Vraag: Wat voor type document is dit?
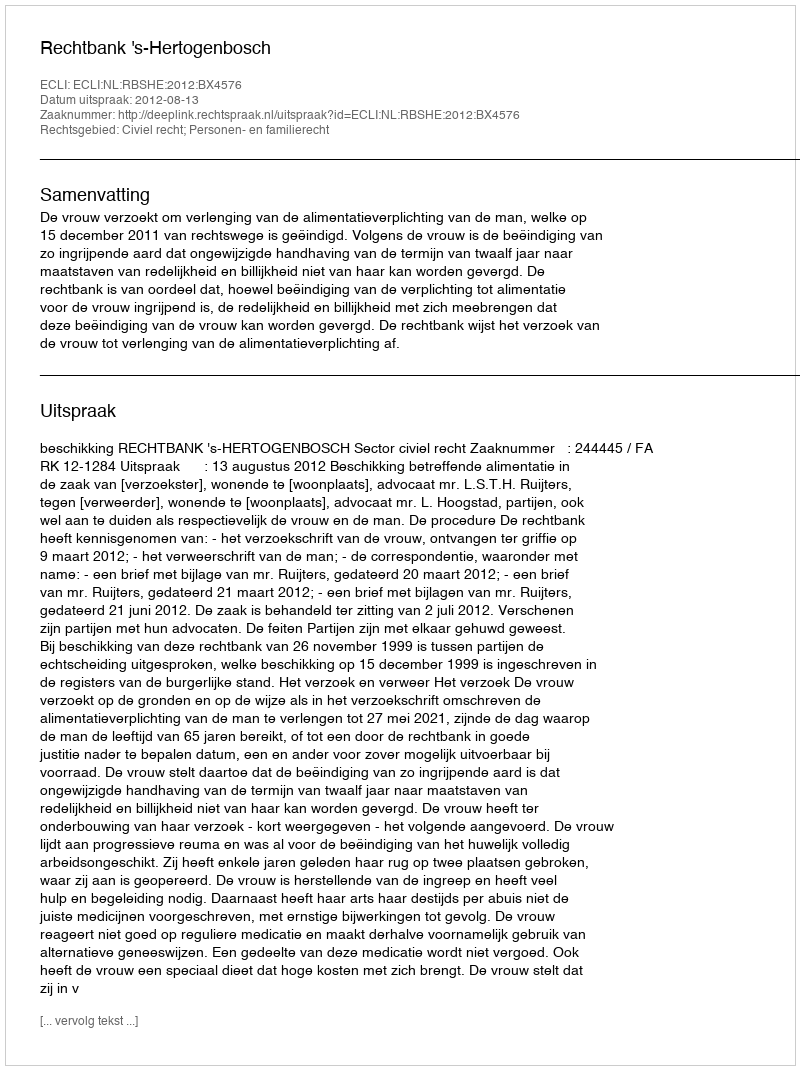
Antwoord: Uitspraak